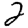
Digit: 2